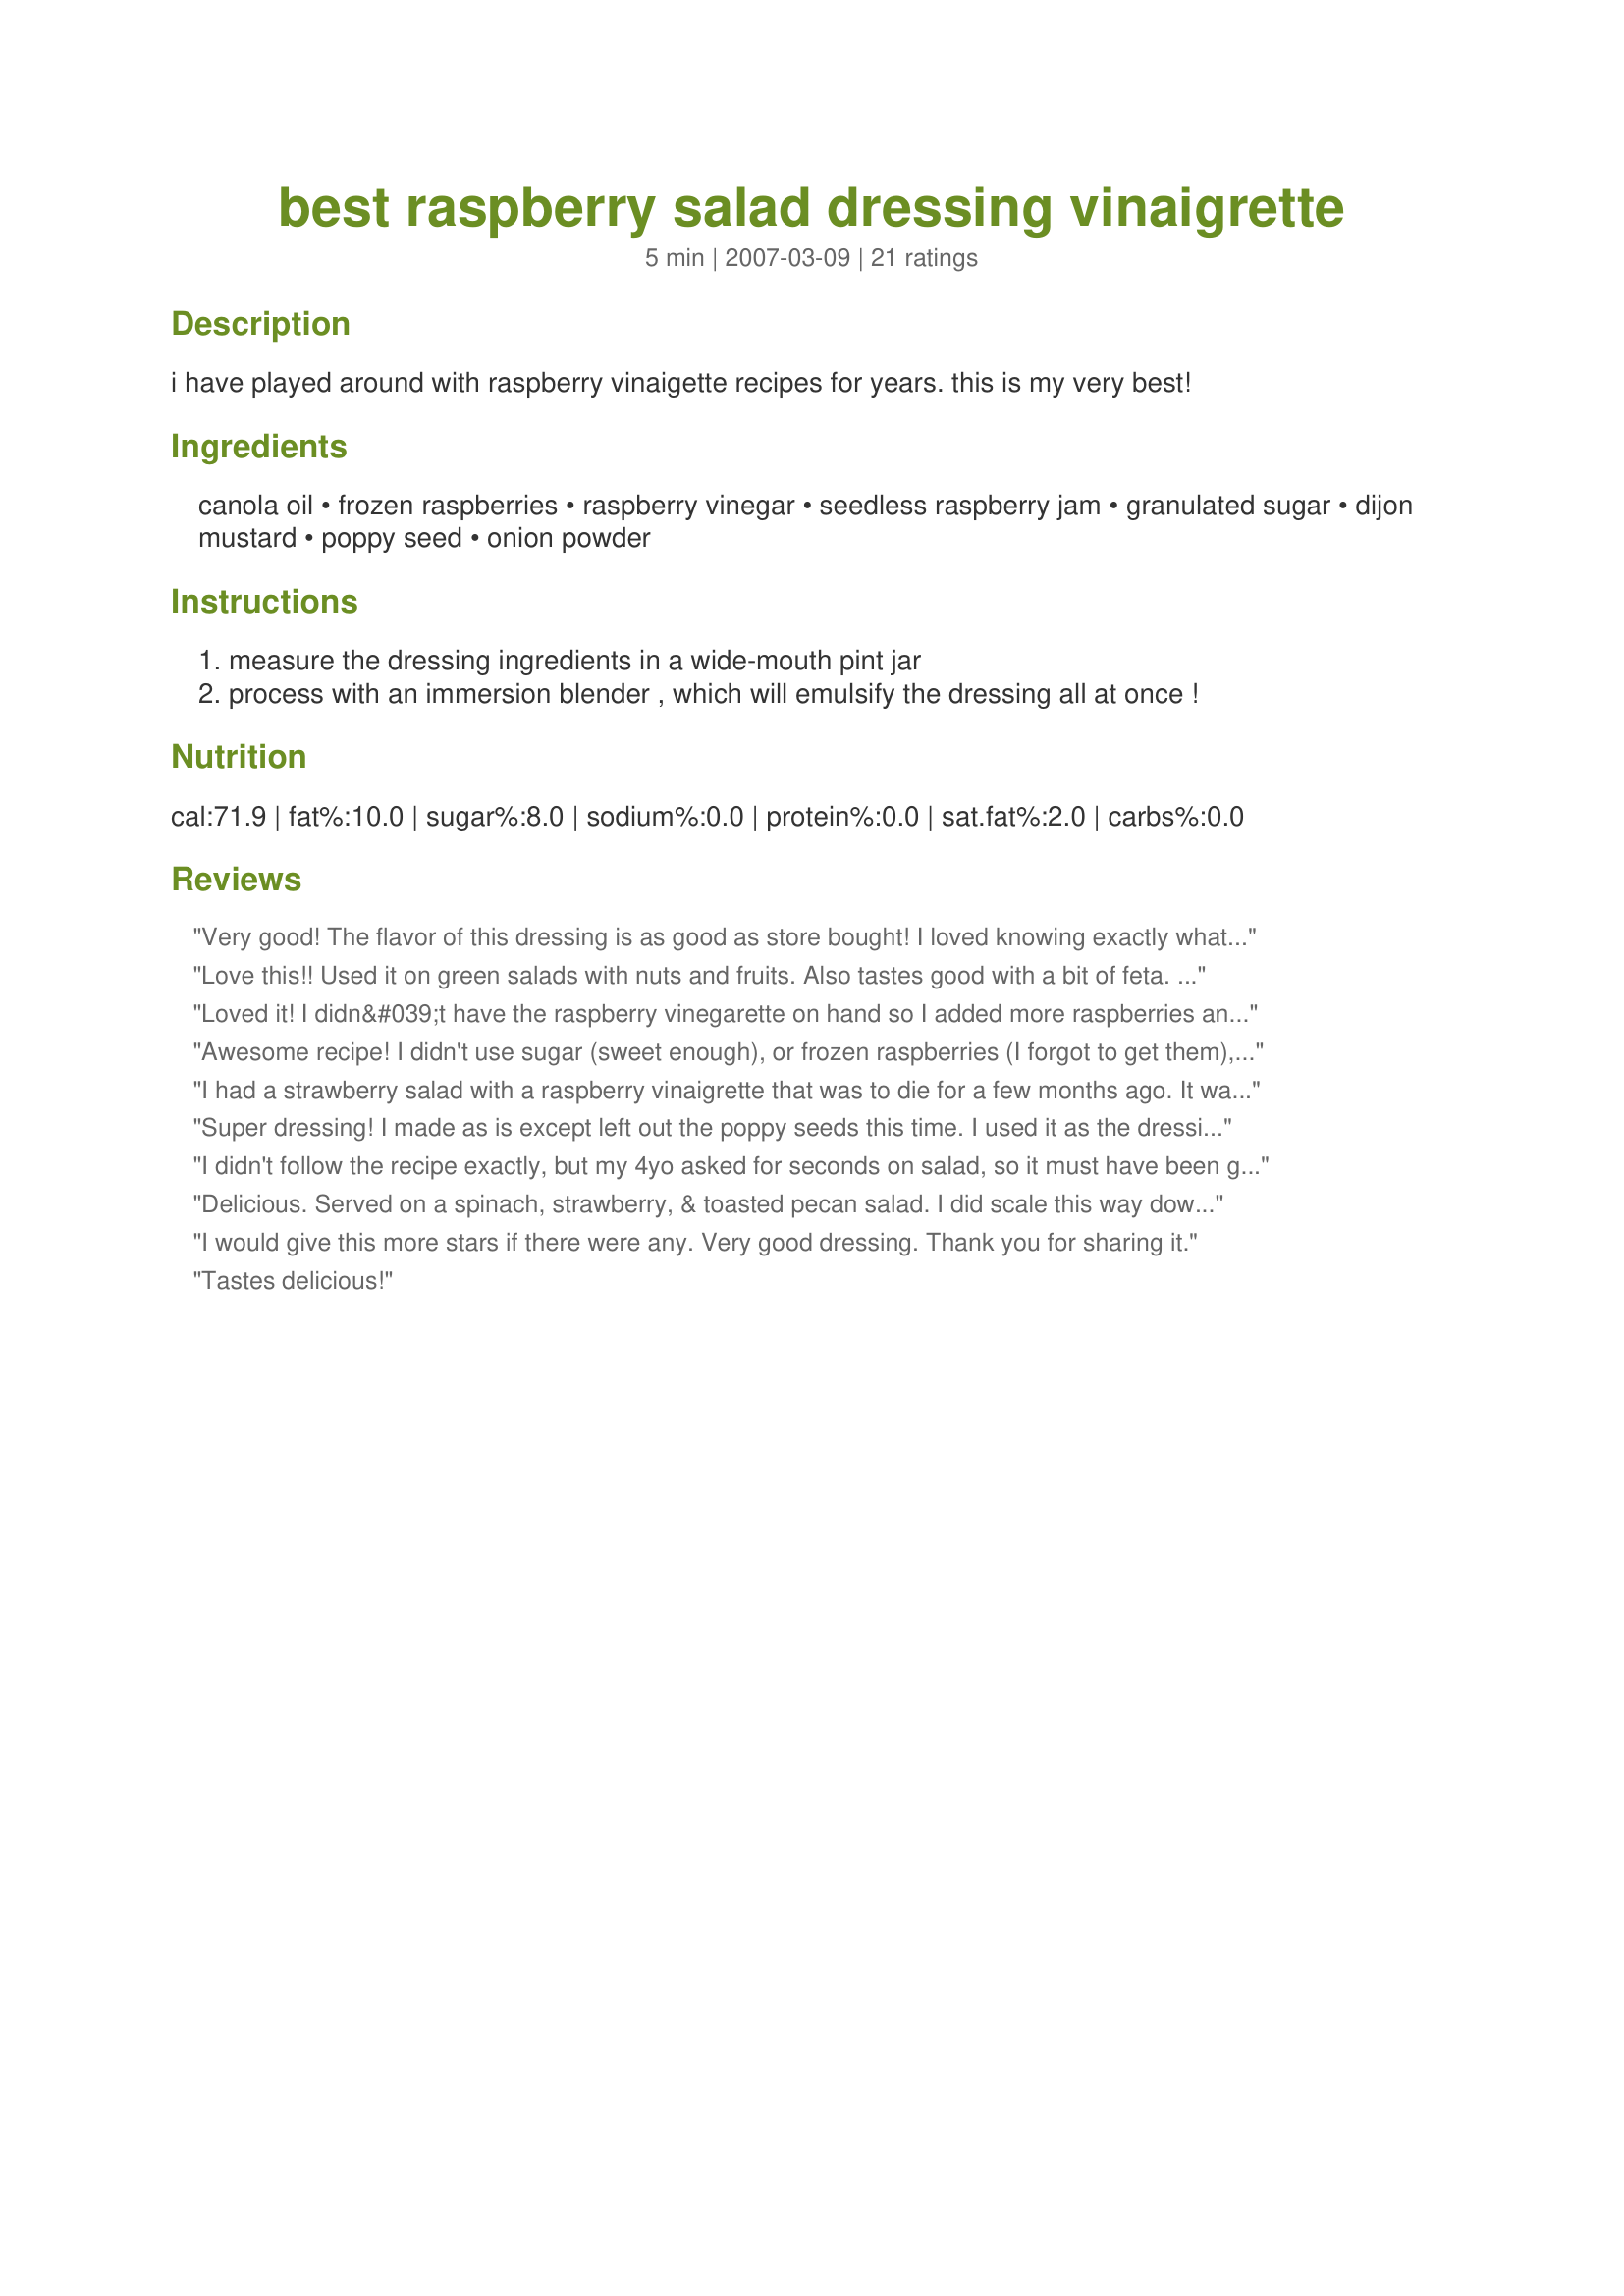
best raspberry salad dressing vinaigrette
Preparation time: 5 minutes

i have played around with raspberry vinaigette recipes for years. this is my very best!

Ingredients:
canola oil, frozen raspberries, raspberry vinegar, seedless raspberry jam, granulated sugar, dijon mustard, poppy seed, onion powder

Steps:
measure the dressing ingredients in a wide-mouth pint jar
process with an immersion blender , which will emulsify the dressing all at once !

Reviews:
Very good! The flavor of this dressing is as good as store bought! I loved knowing exactly what was in my dressing and loved that there were no preservatives in it. I did not realize until recently that there were preservatives in the popular store brands. I could not find any without...the reason I started looking here for recipes.&lt;br/&gt; I was a little short on oil, so dressing was a bit potent, but I like a bit more vinegar taste anyhow. &lt;br/&gt; Also, I did not have poppy seeds on hand. I am sure they would have enhanced the appearance, but I am not sure if they contribute to flavor. ??? &lt;br/&gt;It was a little thick for my preference. Next time I may use the emulsion blender to blend the raspberries and vinegar first and then add the remaining ingredients and just shake to blend. That may allow for a thinner dressing.
Love this!! Used it on green salads with nuts and fruits. Also tastes good with a bit of feta. Thanks.
Loved it! I didn&#039;t have the raspberry vinegarette on hand so I added more raspberries and rice wine vinegar. Delicious with grilled chicken!
Awesome recipe! I didn't use sugar (sweet enough), or frozen raspberries (I forgot to get them), didn't need them either. I used raspberry balsamic. I made a salad with spring mix lettuce, pecans, dried currants, and feta. It rocked! Thanks for posting!
I had a strawberry salad with a raspberry vinaigrette that was to die for a few months ago. It was a creation of one of the top caterers in Atlanta, so of course the recipe was a secret. This recipe is the closest I have found to it. I use a few more raspberries than what the recipe calls for, but it is awesome! Thanks!
Super dressing! I made as is except left out the poppy seeds this time. I used it as the dressing for Warm Mushroom & Spinach Salad #179514 and it was great. You did really well with your tweaking Sharon Anne!
I didn't follow the recipe exactly, but my 4yo asked for seconds on salad, so it must have been good! Thanks for a great idea.
Delicious. Served on a spinach, strawberry, & toasted pecan salad. I did scale this way down, but it was easily done. Will use again.
I would give this more stars if there were any. Very good dressing. Thank you for sharing it.
Tastes delicious!
This came out delicious! I added a few more raspberries to make up for lack of raspberry vinegar and added rice vinegar instead. It was very thick and creamy. I omitted the poppy seeds because I coudn't find mine.
I just finished making this for a dinner party that's due to start in 30 minutes -- but I didn't want to wait to tell you how good it is! Just the right sweet/sour combination, lots of flavor -- this is a definite keeper!
I am typically not a fan of raspberry vinaigrette dressing because they&#039;re always so sweet (I cut down on the sugar a little). I needed one though for my pomegranate raspberry salad I&#039;m serving on Christmas Eve. I just tested this recipe now and WOW, what fantastic flavor without being overly sweet. The poppy seeds are a great addition as well. I used the emulsion blender, but it didn&#039;t blend it as well as I would have liked, so will use my mini prep food processor next time. Thank you so much for this recipe that I will make over and over again.
Made to use on Recipe #231575. Great flavor and added to the salad with candied almonds. Emulsified beautifully with a hand blender.
This was very good! Although I didn&#039;t have any raspberry vinegar or raspberry jam I just used about 2/3 c of raspberries and balsamic vinegar and only a teaspoon of sugar. I don&#039;t care for poppy seeds so I didn&#039;t add any.
This is my new favourite dressing...kudos to the chef! I reduced the mustard to 2 teaspoons (personal preference), and used a whisk to combine ingredients because my immersion blender made the dressing very thick, but otherwise I think the balance of ingredients is perfect. Thank you for submitting.
I really enjoyed this dressing! It was just perfect with baby greens, strawberries, mandarin oranges and toasted almonds. I was concerned that it might be a little sweet and will leave out the sugar next time I make it.
Fantastic rich dressing! We had a spinach salad this weekend at one of our favorite restaurants and they used Raspberry dressing, bacon, hard boiled eggs and red onion. I wanted to recreate this because I thought the Raspberry dressing really gave this salad great flavor. This dressing comes very close. Thanks for a great recipe!
Wonderful dressing, Great photo. Thank you for sharing. Lolly
Very good. I've played with omitting one or two ingredients (sugar, dijon, poppy seeds) and made as written. Great with any variation. Lots of compliments from others too.
Incredible! Really delicious over a spinach salad made with bacon, hard-boiled egg, purple onion, and fresh raspberries. I also used on a salad of mixed greens with grilled chicken and fresh raspberries. Will definitely make this one again. Thanks for sharing!
